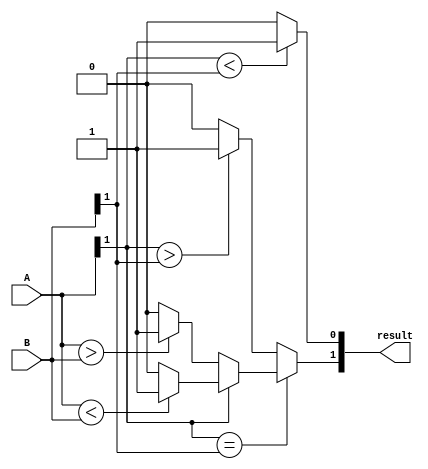
module signed_magnitude_comparator(
    input [1:0] A,
    input [1:0] B,
    output [1:0] result
);

assign result[0] = (A[1] < B[1]) ? 1'b1 : 1'b0; // Sign comparison

always @(*) begin
    if (A[1] == B[1]) begin
        if (A[1] == 1'b0) begin // Both numbers positive
            if (A > B) begin
                result[1] = 2'b01; // A>B
            end
            else if (A == B) begin
                result[1] = 2'b00; // A=B
            end
            else begin
                result[1] = 2'b10; // A<B
            end
        end
        else begin // Both numbers negative
            if (A < B) begin
                result[1] = 2'b01; // A<B
            end
            else if (A == B) begin
                result[1] = 2'b00; // A=B
            end
            else begin
                result[1] = 2'b10; // A>B
            end
        end
    end
    else begin
        result[1] = (A[1] > B[1]) ? 2'b01 : 2'b10; // Handle different signs
    end
end

endmodule